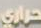
حراري